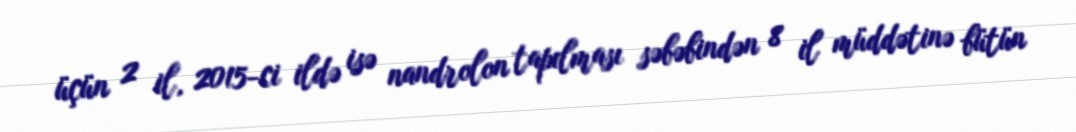
üçün 2 il, 2015-ci ildə isə nandrolon tapılması səbəbindən 8 il müddətinə bütün